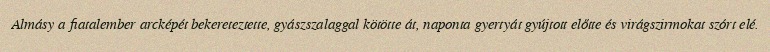
Almásy a fiatalember arcképét bekereteztette, gyászszalaggal kötötte át, naponta gyertyát gyújtott előtte és virágszirmokat szórt elé.